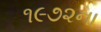
૧૯૭૨ના